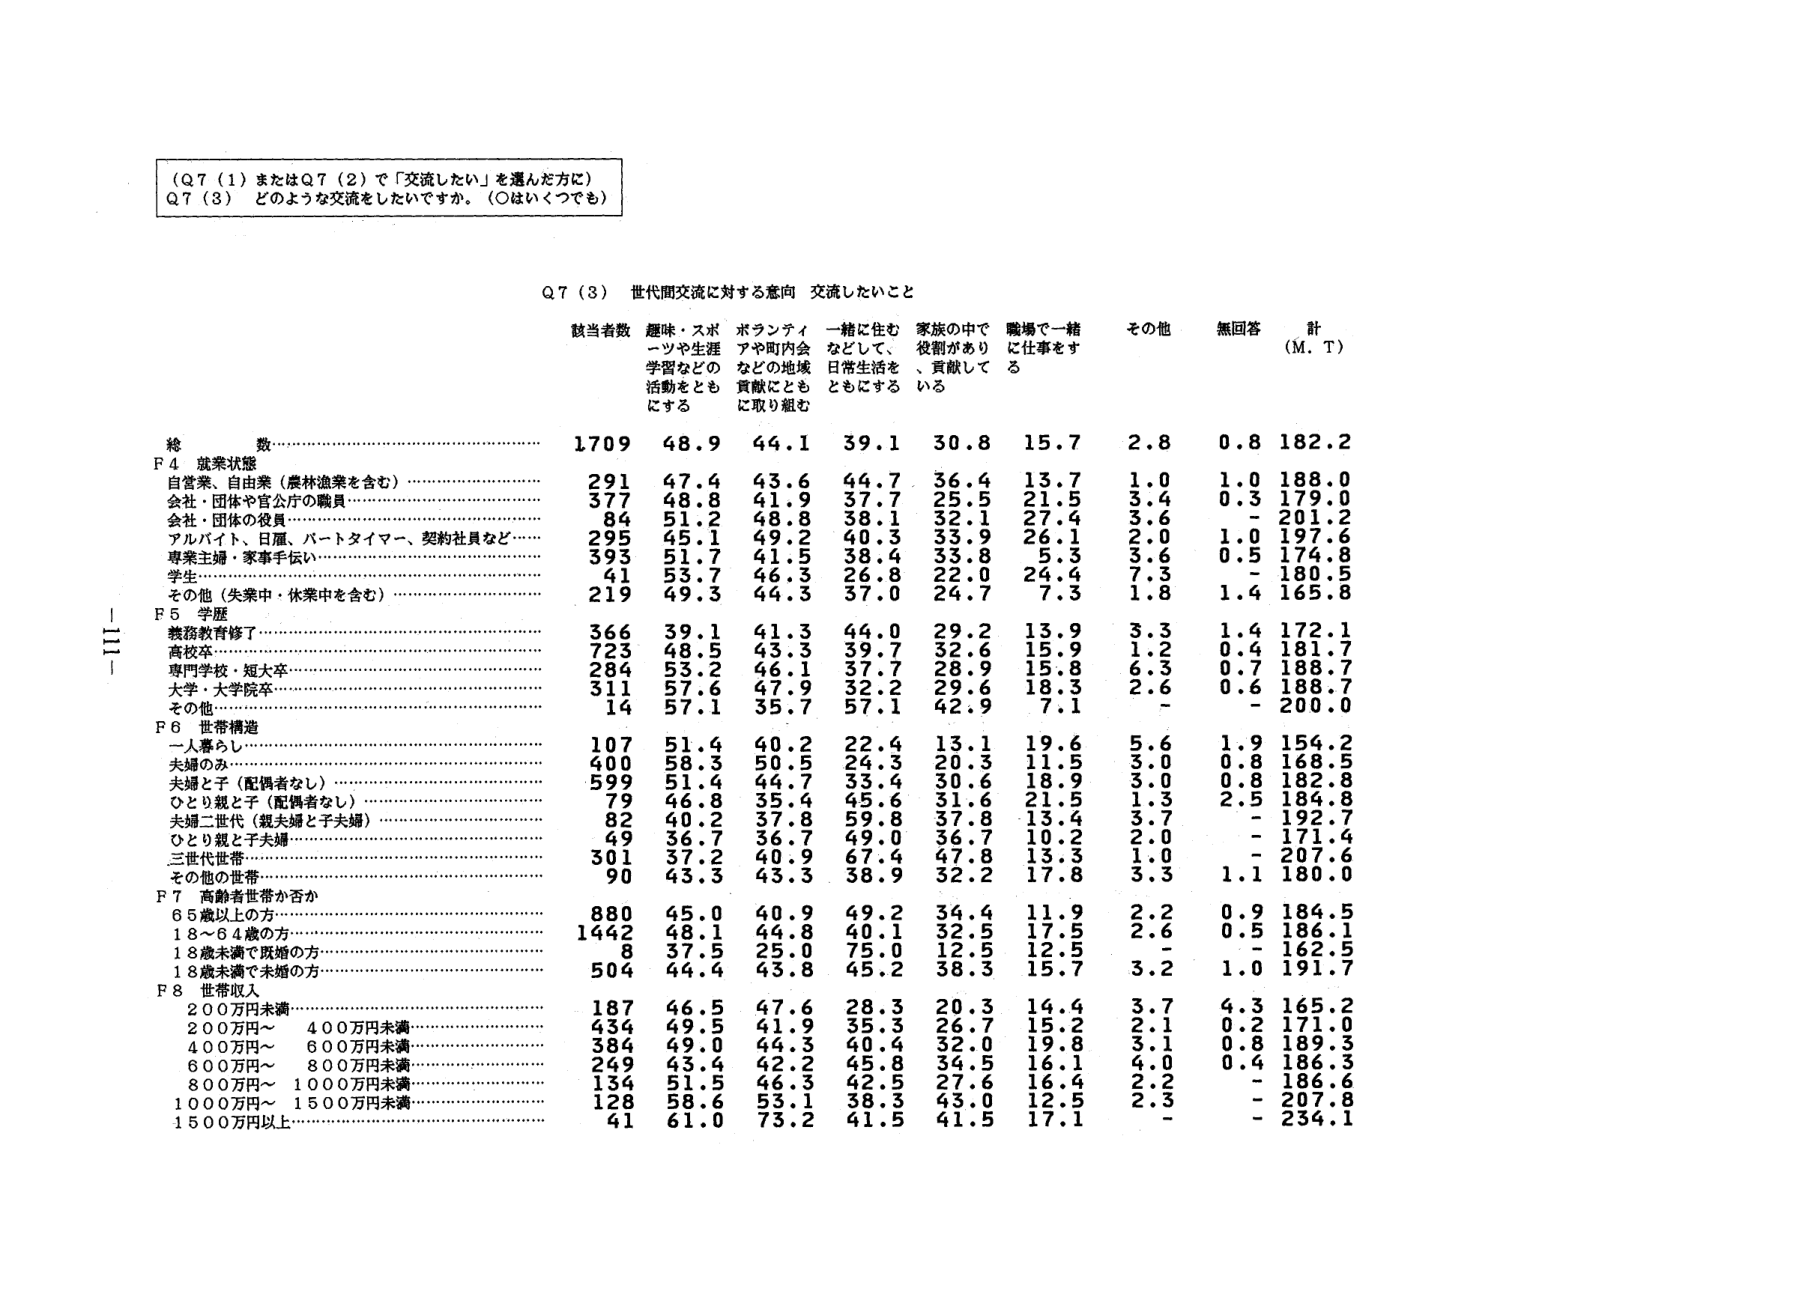
（Q７（１）またはQ７（２）で「交流したい」を選んだ方に）
Q７（３） どのような交流をしたいですか。（○はいくつでも）

Q７（３） 世代間交流に対する意向 交流したいこと

該当者数 趣味・スポーツや生涯学習などの活動をともにする ボランティアや町内会などの地域貢献にともに取り組む 一緒に住むなどして、日常生活をともにする 家族の中で役割があり、貢献している 職場で一緒に仕事をする その他 無回答 計（M．T）

総数………………………………………………… 1709 48.9 44.1 39.1 30.8 15.7 2.8 0.8 182.2
F４ 就業状態
自営業、自由業（農林漁業を含む）………………… 291 47.4 43.6 44.7 36.4 13.7 1.0 1.0 188.0
会社・団体や官公庁の職員…………………………… 377 48.8 41.9 37.7 25.5 21.5 3.4 0.3 179.0
会社・団体の役員……………………………………… 84 51.2 48.8 38.1 32.1 27.4 3.6 - 201.2
アルバイト、日雇、パートタイマー、契約社員など… 295 45.1 49.2 40.3 33.9 26.1 2.0 1.0 197.6
専業主婦・家事手伝い………………………………… 393 51.7 41.5 38.4 33.8 5.3 3.6 0.5 174.8
学生…………………………………………………… 41 53.7 46.3 26.8 22.0 24.4 7.3 - 180.5
その他（失業中・休業中を含む）…………………… 219 49.3 44.3 37.0 24.7 7.3 1.8 1.4 165.8

F５ 学歴
義務教育修了………………………………………… 366 39.1 41.3 44.0 29.2 13.9 3.3 1.4 172.1
高校卒………………………………………………… 723 48.5 43.3 39.7 32.6 15.9 1.2 0.4 181.7
専門学校・短大卒…………………………………… 284 53.2 46.1 37.7 28.9 15.8 6.3 0.7 188.7
大学・大学院卒……………………………………… 311 57.6 47.9 32.2 29.6 18.3 2.6 0.6 188.7
その他………………………………………………… 14 57.1 35.7 57.1 42.9 7.1 - - 200.0

F６ 世帯構造
一人暮らし…………………………………………… 107 51.4 40.2 22.4 13.1 19.6 5.6 1.9 154.2
夫婦のみ……………………………………………… 400 58.3 50.5 24.3 20.3 11.5 3.0 0.8 168.5
夫婦と子（配偶者なし）…………………………… 599 51.4 44.7 33.4 30.6 18.9 3.0 0.8 182.8
ひとり親と子（配偶者なし）……………………… 79 46.8 35.4 45.6 31.6 21.5 1.3 2.5 184.8
夫婦二世代（親夫婦と子夫婦）…………………… 82 40.2 37.8 59.8 37.8 13.4 3.7 - 192.7
ひとり親と子夫婦…………………………………… 49 36.7 36.7 49.0 36.7 10.2 2.0 - 171.4
三世代世帯…………………………………………… 301 37.2 40.9 67.4 47.8 13.3 1.0 - 207.6
その他の世帯………………………………………… 90 43.3 43.3 38.9 32.2 17.8 3.3 1.1 180.0

F７ 高齢者世帯か否か
65歳以上の方………………………………………… 880 45.0 40.9 49.2 34.4 11.9 2.2 0.9 184.5
18～64歳の方………………………………………… 1442 48.1 44.8 40.1 32.5 17.5 2.6 0.5 186.1
18歳未満で既婚の方………………………………… 8 37.5 25.0 75.0 12.5 12.5 - - 162.5
18歳未満で未婚の方………………………………… 504 44.4 43.8 45.2 38.3 15.7 3.2 1.0 191.7

F８ 世帯収入
200万円未満………………………………………… 187 46.5 47.6 28.3 20.3 14.4 3.7 4.3 165.2
200万円～400万円未満……………………………… 434 49.5 41.9 35.3 26.7 15.2 2.1 0.2 171.0
400万円～600万円未満……………………………… 384 49.0 44.3 40.4 32.0 19.8 3.1 0.8 189.3
600万円～800万円未満……………………………… 249 43.4 42.2 45.8 34.5 16.1 4.0 0.4 186.3
800万円～1000万円未満……………………………… 134 51.5 46.3 42.5 27.6 16.4 2.2 - 186.6
1000万円～1500万円未満……………………………… 128 58.6 53.1 38.3 43.0 12.5 2.3 - 207.8
1500万円以上………………………………………… 41 61.0 73.2 41.5 41.5 17.1 - - 234.1

－111－